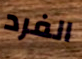
الفرد